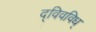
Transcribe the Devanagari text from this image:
द्विवविध्